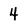
Character: 4